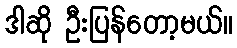
ဒါဆို ဦးပြန်တော့မယ်။